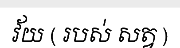
វ័យ ( របស់ សត្វ )